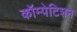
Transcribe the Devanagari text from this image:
कॉम्पेटिशन